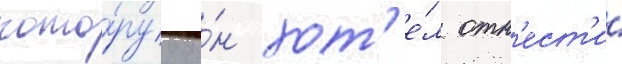
кото́руу о́н хот'е́л отн'ест'и́